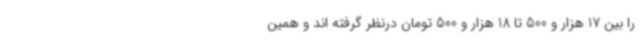
را بین 17 هزار و 500 تا 18 هزار و 500 تومان درنظر گرفته اند و همین